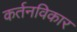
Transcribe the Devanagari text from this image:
कर्तनविकार